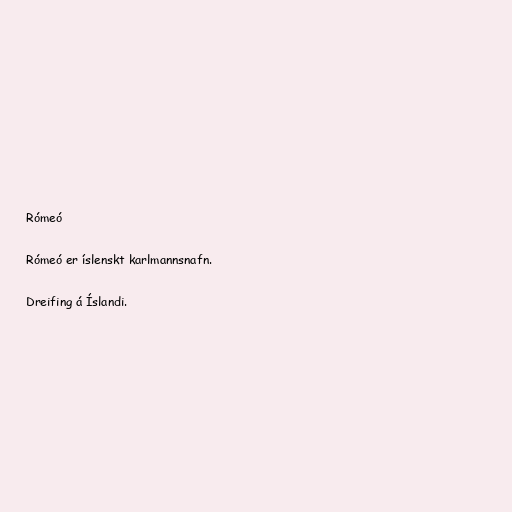
Rómeó

Rómeó er íslenskt karlmannsnafn.

Dreifing á Íslandi.